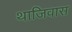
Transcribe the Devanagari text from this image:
थाजिवास